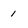
Character: 1